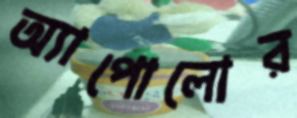
অ্যাপোলোর